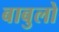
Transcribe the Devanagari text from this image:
बाबुलो